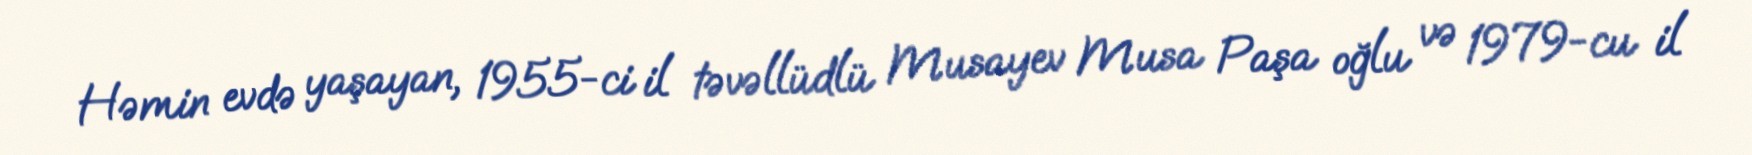
Həmin evdə yaşayan, 1955-ci il təvəllüdlü Musayev Musa Paşa oğlu və 1979-cu il